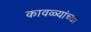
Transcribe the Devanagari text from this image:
कावळ्यांच्या